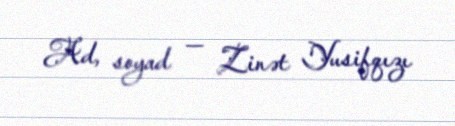
Ad, soyad — Zinət Yusifqızı